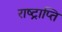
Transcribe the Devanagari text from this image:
राष्ट्राप्ति